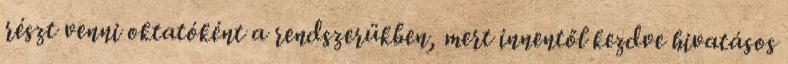
részt venni oktatóként a rendszerükben, mert innentől kezdve hivatásos